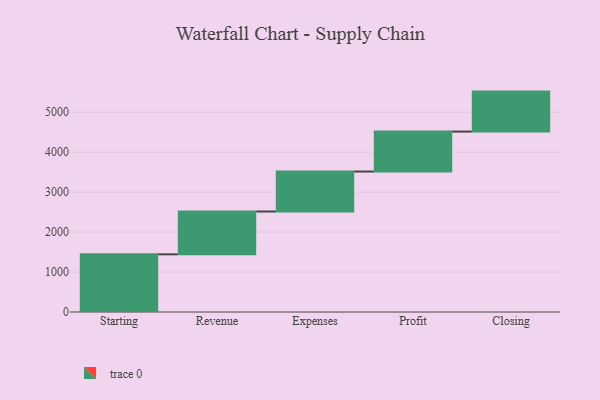
{"axis": {"x": "Step", "y": "Value"}, "legend": [""], "data": [{"x": "Starting", "y": 1443.0, "type": ""}, {"x": "Revenue", "y": 1071.0, "type": ""}, {"x": "Expenses", "y": 1000, "type": ""}, {"x": "Profit", "y": 1000, "type": ""}, {"x": "Closing", "y": 1000, "type": ""}]}